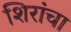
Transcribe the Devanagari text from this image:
शिरांचा